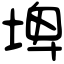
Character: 埤